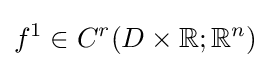
f^{1}\in C^{r}(D\times \mathbb {R} ;\mathbb {R} ^{n})